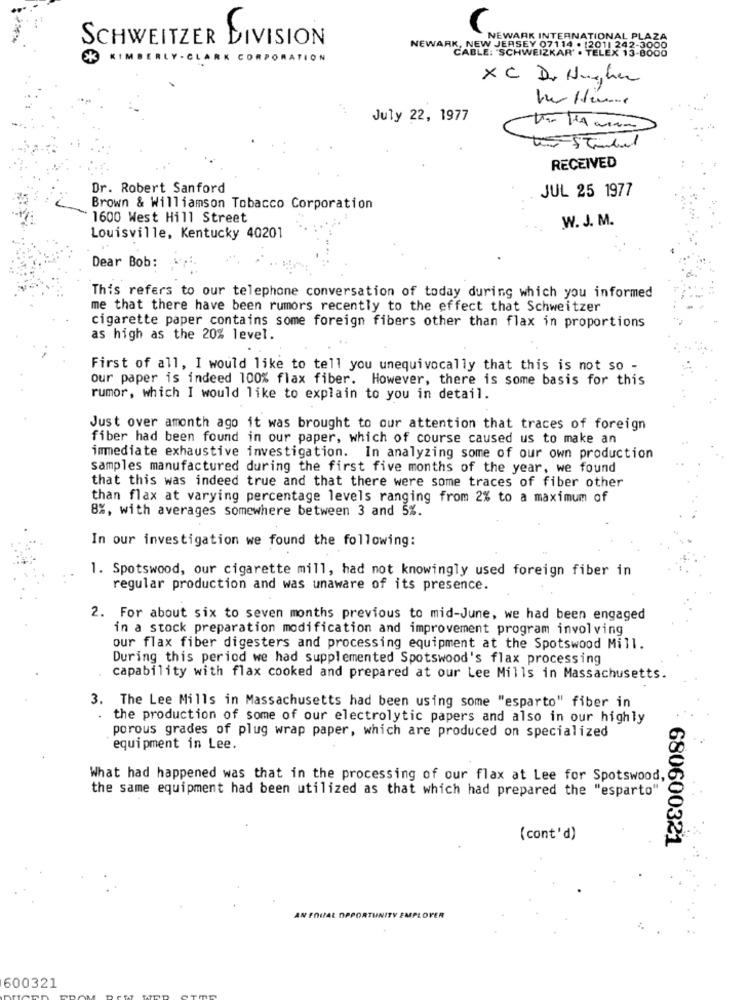
SCHWEITZER DIVISION
NEWARK INTERNATIONAL
NEWARK, NEW JERSEY 07114 - 2011 242-3000
KIMBERLY - CLARK CORPORATION
XC D. Hughes
July 22, 1977
RECEIVED
Dr. Robert Sanford
JUL 25 1977
Brown & Williamson Tobacco Corporation
1600 West Hill Street
W. J. M.
Louisville, Kentucky 40201
Dear Bob:
This refers to our telephone conversation of today during which you informed
me that there have been rumors recently to the effect that Schweitzer
cigarette paper contains some foreign fibers other than flax in proportions
as high as the 20% level.
First of all, I would like to tell you unequivocally that this is not so -
our paper is indeed 100% flax fiber. However, there is some basis for this
rumor, which I would like to explain to you in detail.
Just over amonth ago it was brought to our attention that traces of foreign
fiber had been found in our paper, which of course caused us to make an
immediate exhaustive investigation. In analyzing some of our own production
samples manufactured during the first five months of the year, we found
that this was indeed true and that there were some traces of fiber other
than flax at varying percentage levels ranging from 2% to a maximum of
8%, with averages somewhere between 3 and 5%.
In our investigation we found the following:
1. Spotswood, our cigarette mill, had not knowingly used foreign fiber in
regular production and was unaware of its presence.
2. For about six to seven months previous to mid-June, we had been engaged
in a stock preparation modification and improvement program involving
our flax fiber digesters and processing equipment at the Spotswood Mill.
During this period we had supplemented Spotswood's flax processing
capability with flax cooked and prepared at our Lee Mills in Massachusetts.
3. The Lee Mills in Massachusetts had been using some "esparto" fiber in
the production of some of our electrolytic papers and also in our highly
porous grades of plug wrap paper, which are produced on specialized
equipment in Lee.
What had happened was that in the processing of our flax at Lee for Spotswood,
the same equipment had been utilized as that which had prepared the "esparto"
(cont'd)
680600321
AN FOIAL OPPORTUNITY EMPLOYER
600321